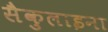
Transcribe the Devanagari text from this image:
सैकुलाइना